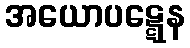
အယောပဋ္ဋေန